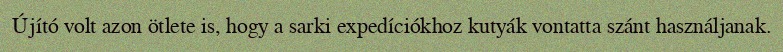
Újító volt azon ötlete is, hogy a sarki expedíciókhoz kutyák vontatta szánt használjanak.